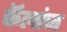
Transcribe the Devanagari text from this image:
फॅलांज